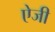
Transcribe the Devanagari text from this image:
ऐजी